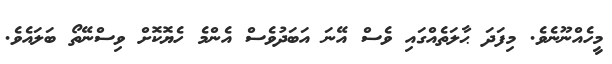
މީހެއްނޫނެވެ. މިފަދަ ޙާލަތެއްގައި ވެސް އޭނަ އަބަދުވެސް އެންމެ ހެޔޮކޮށް ވިސްނޭތޯ ބަލައެވެ.